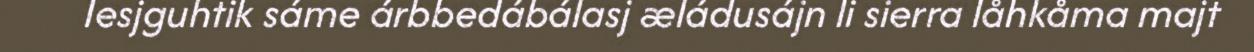
Iesjguhtik sáme árbbedábálasj æládusájn li sierra låhkåma majt